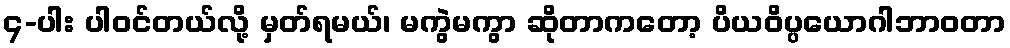
၄-ပါး ပါဝင်တယ်လို့ မှတ်ရမယ်၊ မကွဲမကွာ ဆိုတာကတော့ ပိယဝိပ္ပယောဂါဘာဝတာ